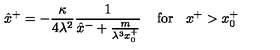
\hat { x } ^ { + } = - \frac { \kappa } { 4 \lambda ^ { 2 } } \frac { 1 } { \hat { x } ^ { - } + \frac { m } { \lambda ^ { 3 } x _ { 0 } ^ { + } } } \: \: \: \: \: \mathrm { f o r } \: \: \: \: x ^ { + } > x _ { 0 } ^ { + }